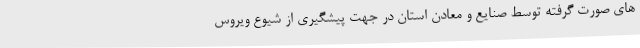
های صورت گرفته توسط صنایع و معادن استان در جهت پیشگیری از شیوع ویروس